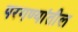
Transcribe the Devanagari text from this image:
परगण्यांतील